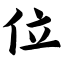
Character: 位